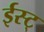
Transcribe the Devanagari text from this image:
ईस्ट्